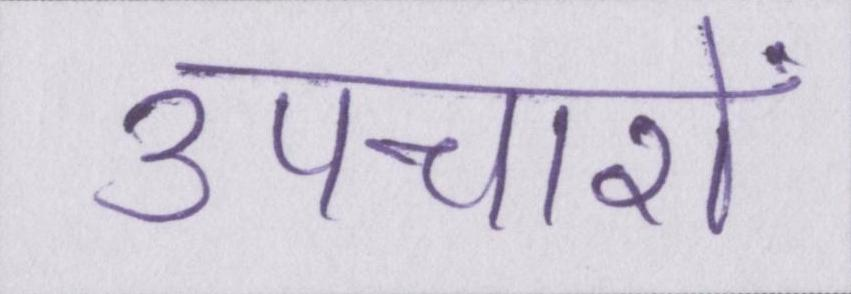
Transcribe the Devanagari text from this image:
उपचारों